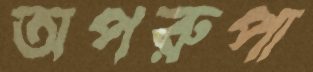
অপরুপা